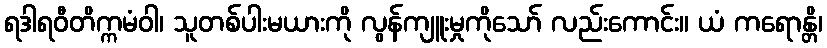
ရဒါရဝီတိက္ကမံဝါ၊ သူတစ်ပါးမယားကို လွန်ကျူးမှုကိုသော် လည်းကောင်း။ ယံ ကရောန္တိ၊